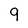
Character: 9